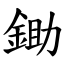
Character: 鋤